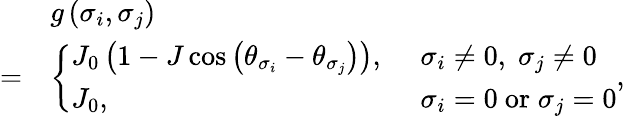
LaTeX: \begin{array}{rl}&{g\left(\sigma_{i},\sigma_{j}\right)}\\ {=}&{\left\{ \begin{array}{ll}{J_{0}\left(1-J\cos\left(\theta_{\sigma_{i}}-\theta_{\sigma_{j}}\right)\right),\ }&{\sigma_{i}\neq 0,\; \sigma_{j}\neq 0}\\ {J_{0},}&{\sigma_{i}=0\ \mathrm{or}\; \sigma_{j}=0}\end{array}\right.,}\end{array}